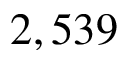
2 , 5 3 9